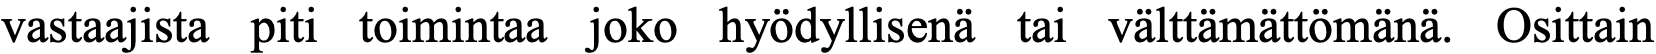
vastaajista piti toimintaa joko hyödyllisenä tai välttämättömänä. Osittain